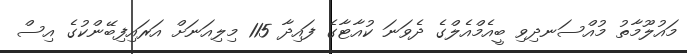
މައުލޫމާތު މުއްސަނދިވި ބީއެމްއެލްގެ ދެވަނަ ކުއާޓާގެ ފައިދާ 115 މިލިއަނަށް އަރައިފިބޭންކުގެ އިސް